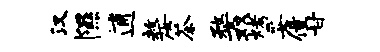
汉隰逋嫠茶婺双烤妥僮甘